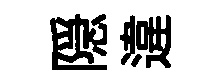
隠違